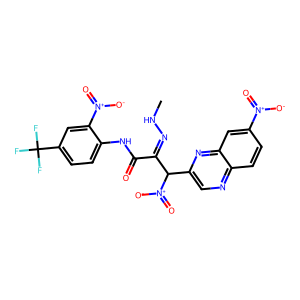
SMILES: CNN=C(C(=O)Nc1ccc(C(F)(F)F)cc1[N+](=O)[O-])C(c1cnc2ccc([N+](=O)[O-])cc2n1)[N+](=O)[O-]
Inhibits HIV replication: No